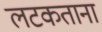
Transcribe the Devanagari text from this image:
लटकताना